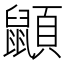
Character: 𪕯